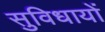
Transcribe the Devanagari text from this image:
सुविधायों